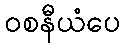
ဝစနီယံပေ